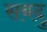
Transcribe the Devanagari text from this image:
सबदु